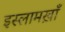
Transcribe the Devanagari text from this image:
इस्लामख़ाँ